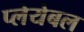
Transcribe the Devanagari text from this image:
प्लेयेबल